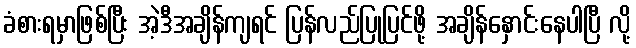
ခံစားရမှာဖြစ်ပြီး အဲ့ဒီအချိန်ကျရင် ပြန်လည်ပြုပြင်ဖို့ အချိန်နှောင်းနေပါပြီ လို့